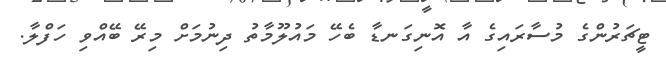
ޓީޗަރުންގެ މުސާރައިގެ އާ އޮނިގަނޑާ ބެހޭ މައުލޫމާތު ދިނުމަށް މިރޭ ބޭއްވި ހަފްލާ.